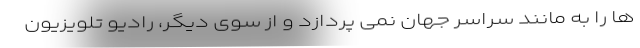
ها را به مانند سراسر جهان نمی پردازد و از سوی دیگر، رادیو تلویزیون